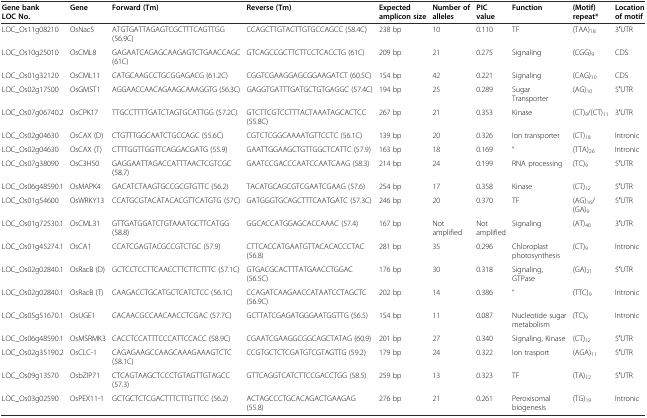
<table><thead><tr><td><b>Gene bank LOC No.</b></td><td><b>Gene</b></td><td><b>Forward (Tm)</b></td><td><b>Reverse (Tm)</b></td><td><b>Expected amplicon size</b></td><td><b>Number of alleles</b></td><td><b>PIC value</b></td><td><b>Function</b></td><td><b>(Motif) repeat*</b></td><td><b>Location of motif</b></td></tr></thead><tbody><tr><td>LOC_Os11g08210</td><td>OsNac5</td><td>ATGTGATTAGAGTCGCTTTCAGTTGG (56.9C)</td><td>CCAGCTTGTACTTGTGCCAGCC (58.4C)</td><td>238 bp</td><td>10</td><td>0.110</td><td>TF</td><td>(TAA)<sub>18</sub></td><td>3′UTR</td></tr><tr><td>LOC_Os10g25010</td><td>OsCML8</td><td>GAGAATCAGAGCAAGAGTCTGAACCAGC (61C)</td><td>GTCAGCCGCTTCTTCCTCACCTG (61C)</td><td>209 bp</td><td>21</td><td>0.275</td><td>Signaling</td><td>(CGG)<sub>9</sub></td><td>CDS</td></tr><tr><td>LOC_Os01g32120</td><td>OsCML11</td><td>CATGCAAGCCTGCGGAGACG (61.2C)</td><td>CGGTCGAAGGAGCGGAAGATCT (60.5C)</td><td>154 bp</td><td>42</td><td>0.221</td><td>Signaling</td><td>(CAG)<sub>10</sub></td><td>CDS</td></tr><tr><td>LOC_Os02g17500</td><td>OsGMST1</td><td>AGGAACCAACAGAAGCAAAGGTG (56.3C)</td><td>GAGGTGATTTGATGCTGTGAGGC (57.4C)</td><td>194 bp</td><td>25</td><td>0.289</td><td>Sugar Transporter</td><td>(AG)<sub>10</sub></td><td>5′UTR</td></tr><tr><td>LOC_Os07g06740.2</td><td>OsCPK17</td><td>TTGCCTTTTGATCTAGTGCATTGG (57.2C)</td><td>GTCTTCGTCCTTTACTAAATAGCACTCC (55.8C)</td><td>267 bp</td><td>21</td><td>0.353</td><td>Kinase</td><td>(CT)<sub>9</sub>/(CT)<sub>11</sub></td><td>3′UTR</td></tr><tr><td>LOC_Os02g04630</td><td>OsCAX (D)</td><td>CTGTTTGGCAATCTGCCAGC (55.6C)</td><td>CGTCTCGGCAAAATGTTCCTC (56.1C)</td><td>139 bp</td><td>20</td><td>0.326</td><td>Ion transporter</td><td>(CT)<sub>18</sub></td><td>Intronic</td></tr><tr><td>LOC_Os02g04630</td><td>OsCAX (T)</td><td>CTTTGGTTGGTTCAGGACGATG (55.9)</td><td>GAATTGGAAGCTGTTGGCTCATTC (57.9)</td><td>163 bp</td><td>18</td><td>0.169</td><td>“</td><td>(TTA)<sub>26</sub></td><td>Intronic</td></tr><tr><td>LOC_Os07g38090</td><td>OsC3H50</td><td>GAGGAATTAGACCATTTAACTCGTCGC (58.7)</td><td>GAATCCGACCCAATCCAATCAAG (58.3)</td><td>214 bp</td><td>24</td><td>0.199</td><td>RNA processing</td><td>(TC)<sub>9</sub></td><td>5′UTR</td></tr><tr><td>LOC_Os06g48590.1</td><td>OsMAPK4</td><td>GACATCTAAGTGCCGCGTGTTC (56.2)</td><td>TACATGCAGCGTCGAATCGAAG (57.6)</td><td>254 bp</td><td>17</td><td>0.358</td><td>Kinase</td><td>(CT)<sub>12</sub></td><td>5′UTR</td></tr><tr><td>LOC_Os01g54600</td><td>OsWRKY13</td><td>CCATGCGTACATACACGTTCATGTG (57C)</td><td>GATGGGTGCAGCTTTCAATGATC (57.3C)</td><td>246 bp</td><td>20</td><td>0.370</td><td>TF</td><td>(AG)<sub>16</sub>/(GA)<sub>9</sub></td><td>5′UTR</td></tr><tr><td>LOC_Os01g72530.1</td><td>OsCML31</td><td>GTTGATGGATCTGTAAATGCTTCATGG (58.8)</td><td>GGCACCATGGAGCACCAAAC (57.4)</td><td>167 bp</td><td>Not amplified</td><td>Not amplified</td><td>Signaling</td><td>(AT)<sub>40</sub></td><td>3′UTR</td></tr><tr><td>LOC_Os01g45274.1</td><td>OsCA1</td><td>CCATCGAGTACGCCGTCTGC (57.9)</td><td>CTTCACCATGAATGTTACACACCCTAC (56.8)</td><td>281 bp</td><td>35</td><td>0.296</td><td>Chloroplast photosynthesis</td><td>(CT)<sub>9</sub></td><td>Intronic</td></tr><tr><td>LOC_Os02g02840.1</td><td>OsRacB (D)</td><td>GCTCCTCCTTCAACCTTCTTCTTTC (57.1C)</td><td>GTGACGCACTTTATGAACCTGGAC (56.5C)</td><td>176 bp</td><td>30</td><td>0.318</td><td>Signaling, GTPase</td><td>(GA)<sub>21</sub></td><td>5′UTR</td></tr><tr><td>LOC_Os02g02840.1</td><td>OsRacB (T)</td><td>CAAGACCTGCATGCTCATCTCC (56.1C)</td><td>CCAGATCAAGAACCATAATCCTAGCTC (56.9C)</td><td>202 bp</td><td>14</td><td>0.386</td><td>“</td><td>(TTC)<sub>9</sub></td><td>Intronic</td></tr><tr><td>LOC_Os05g51670.1</td><td>OsUGE1</td><td>CACAACGCCAACAACCTCGAC (57.7C)</td><td>GCTTATCGAGATGGGAATGGTTG (56.5)</td><td>154 bp</td><td>11</td><td>0.087</td><td>Nucleotide sugar metabolism</td><td>(TC)<sub>9</sub></td><td>Intronic</td></tr><tr><td>LOC_Os06g48590.1</td><td>OsMSRMK3</td><td>CACCTCCATTTCCCATTCCACC (58.9C)</td><td>CGAATCGAAGGCGGCAGCTATAG (60.9)</td><td>201 bp</td><td>27</td><td>0.340</td><td>Signaling, Kinase</td><td>(CT)<sub>12</sub></td><td>5′UTR</td></tr><tr><td>LOC_Os02g35190.2</td><td>OsCLC-1</td><td>CAGAGAAGCCAAGCAAAGAAAGTCTC (58.1C)</td><td>CCGTGCTCTCGATGTCGTAGTTG (59.2)</td><td>179 bp</td><td>24</td><td>0.322</td><td>Ion trasport</td><td>(AGA)<sub>11</sub></td><td>5′UTR</td></tr><tr><td>LOC_Os09g13570</td><td>OsbZIP71</td><td>CTCAGTAAGCTCCCTGTAGTTGTAGCC (57.3)</td><td>GTTCAGGTCATCTTCCGACCTGG (58.5)</td><td>259 bp</td><td>13</td><td>0.323</td><td>TF</td><td>(TA)<sub>12</sub></td><td>5′UTR</td></tr><tr><td>LOC_Os03g02590</td><td>OsPEX11-1</td><td>GCTGCTCTCGACTTTCTTGTTCC (56.2)</td><td>ACTAGCCCTGCACAGACTGAAGAG (55.8)</td><td>276 bp</td><td>21</td><td>0.261</td><td>Peroxisomal biogenesis</td><td>(TG)<sub>19</sub></td><td>Intronic</td></tr></tbody></table>